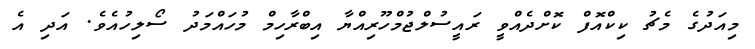
މިއަދުގެ މެޗު ކިކްއޮފް ކޮށްދެއްވީ ރައީސުލްޖުމްހޫރިއްޔާ އިބްރާހިމް މުހައްމަދު ސޯލިހުއެވެ. އަދި އެ